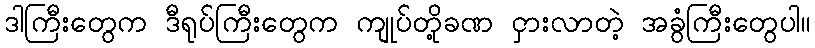
ဒါကြီးတွေက ဒီရုပ်ကြီးတွေက ကျုပ်တို့ခဏ ငှားလာတဲ့ အခွံကြီးတွေပါ။